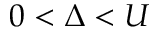
0 < \Delta < U